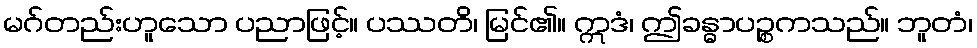
မဂ်တည်းဟူသော ပညာဖြင့်။ ပဿတိ၊ မြင်၏။ ဣဒံ၊ ဤခန္ဓာပဉ္စကသည်။ ဘူတံ၊